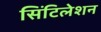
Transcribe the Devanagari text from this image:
सिंटिलेशन